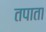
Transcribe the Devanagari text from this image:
तपाता